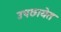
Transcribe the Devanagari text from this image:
उपछायेत